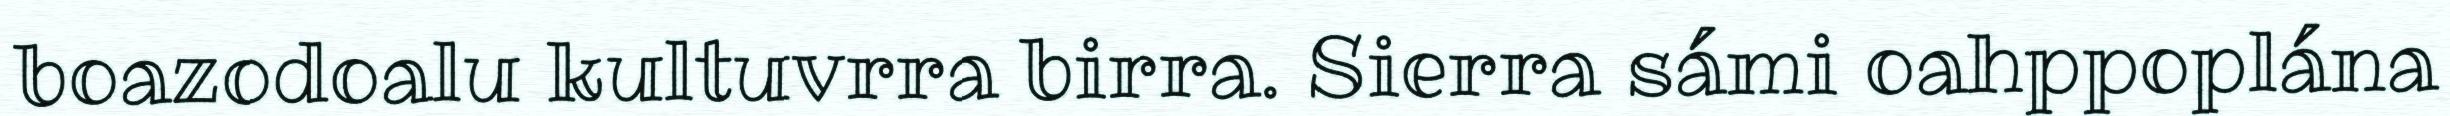
boazodoalu kultuvrra birra. Sierra sámi oahppoplána